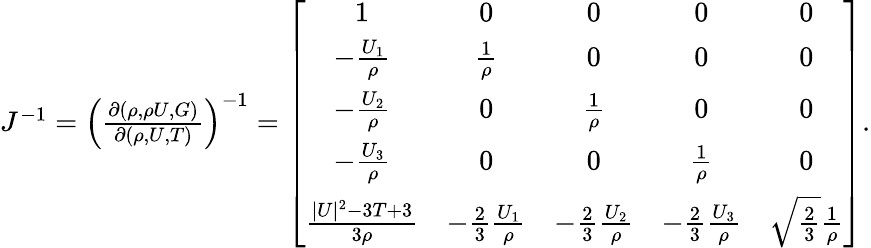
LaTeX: \begin{array}{r}{J^{-1}=\left(\frac{\partial(\rho,\rho U,G)}{\partial(\rho,U,T)}\right)^{-1}=\left[{\begin{array}{cccccc}{1}&{0}&{0}&{0}&{0}\\ {-\frac{U_{1}}{\rho}}&{\frac{1}{\rho}}&{0}&{0}&{0}\\ {-\frac{U_{2}}{\rho}}&{0}&{\frac{1}{\rho}}&{0}&{0}\\ {-\frac{U_{3}}{\rho}}&{0}&{0}&{\frac{1}{\rho}}&{0}\\ {\frac{|U|^{2}-3T+3}{3\rho}}&{-\frac{2}{3}\frac{U_{1}}{\rho}}&{-\frac{2}{3}\frac{U_{2}}{\rho}}&{-\frac{2}{3}\frac{U_{3}}{\rho}}&{\sqrt{\frac{2}{3}}\frac{1}{\rho}}\end{array}}\right].}\end{array}